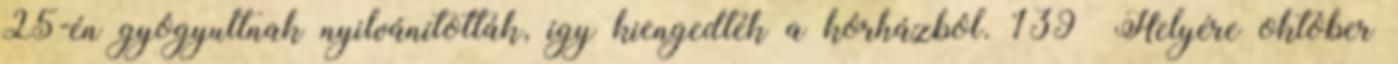
25-én gyógyultnak nyilvánították, így kiengedték a kórházból. 139 Helyére október